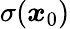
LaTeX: \sigma(\boldsymbol{x}_{0})